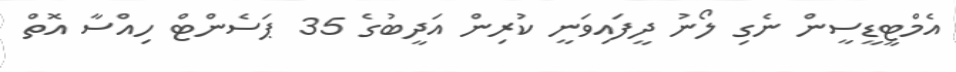
އެމްޓީޑީސީން ނެގި ލޯނު ދީފައިވަނީ ކުރިން އަދީބުގެ 35 ޕަސެންޓް ހިއްސާ އޮތް